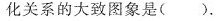
化关系的大致图象是( )。